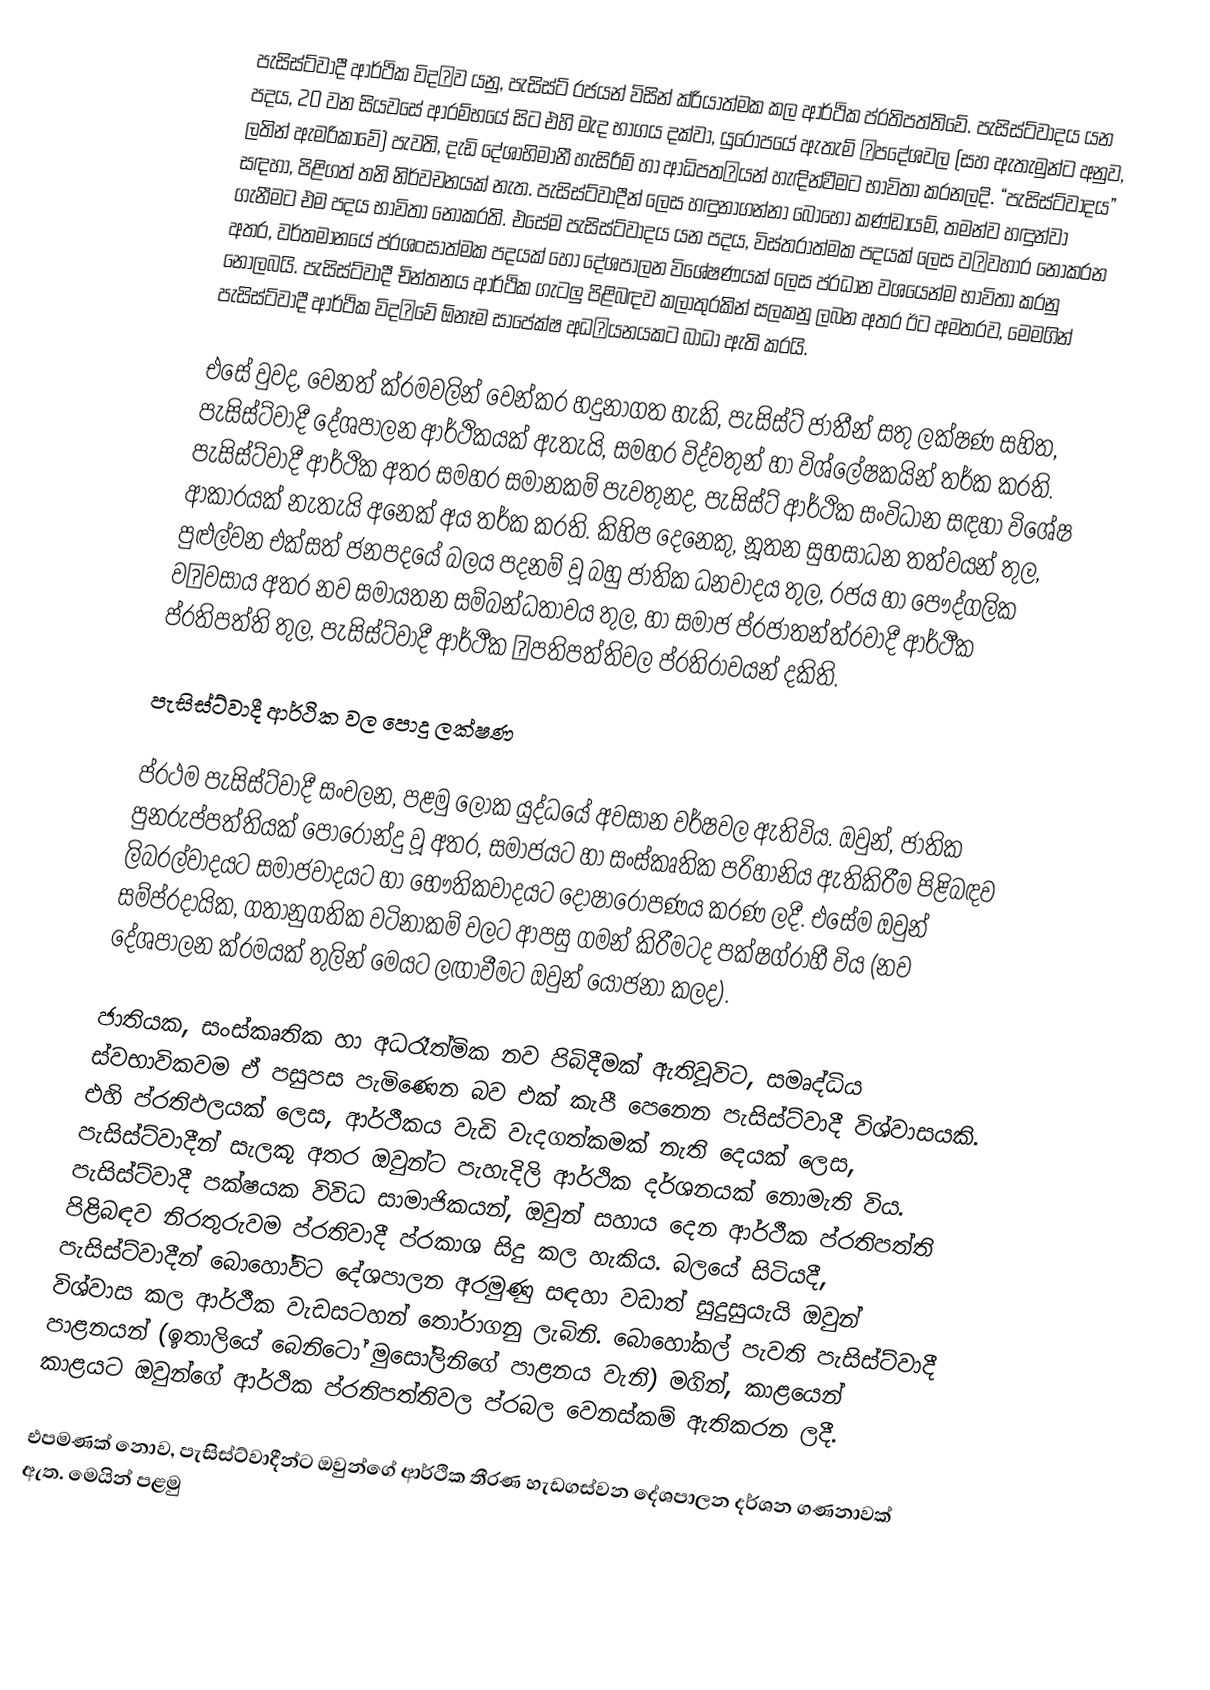
පැසිස්ට්වාදී ආර්ථික විදව යනු, පැසිස්ට් රජයන් විසින් ක්රියාත්මක කල ආර්ථික ප්රතිපත්තිවේ.  පැසිස්ට්වාදය යන පදය, 20 වන සියවසේ ආරම්භයේ සිට එහි මැද භාගය දක්වා, යුරෝපයේ ඇතැම් පදේශවල (සහ ඇතැමුන්ට අනුව, ලතින් ඇමරිකාවේ) පැවති, දැඩි දේශාභිමානී හැසිරීම් හා ආධිපතයන් හැඳින්වීමට භාවිතා කරනලදි. “පැසිස්ට්වාදය” සඳහා, පිළිගත් තනි නිර්වචනයක් නැත.  පැසිස්ට්වාදීන් ලෙස හඳුනාගන්නා බොහෝ කණ්ඩායම්, තමන්ව හඳුන්වා ගැනීමට එම පදය භාවිතා නොකරති.  එසේම පැසිස්ට්වාදය යන පදය, විස්තරාත්මක පදයක් ලෙස වවහාර නොකරන අතර, වර්තමානයේ ප්රශංසාත්මක පදයක් හෝ දේශපාලන විශේෂණයක් ලෙස ප්රධාන වශයෙන්ම භාවිතා කරනු නොලබයි.  පැසිස්ට්වාදී චින්තනය ආර්ථික ගැටලු පිළිබඳව කලාතුරකින් සලකනු ලබන අතර ඊට අමතරව, මෙමගින් පැසිස්ට්වාදී ආර්ථික විදවේ ඕනෑම සාපේක්ෂ අධයනයකට බාධා ඇති කරයි.

එසේ වුවද, වෙනත් ක්රමවලින් වෙන්කර හදුනාගත හැකි, පැසිස්ට් ජාතීන් සතු ලක්ෂණ සහිත,  පැසිස්ට්වාදී දේශපාලන ආර්ථිකයක් ඇතැයි, සමහර විද්වතුන් හා විශ්ලේෂකයින් තර්ක කරති. පැසිස්ට්වාදී ආර්ථික අතර සමහර සමානකම් පැවතුනද, පැසිස්ට් ආර්ථික සංවිධාන සඳහා විශේෂ ආකාරයක් නැතැයි අනෙක් අය තර්ක කරති.  කිහිප දෙනෙකු, නූතන සුභසාධන තත්වයන් තුල, පුළුල්වන එක්සත් ජනපදයේ බලය පදනම් වූ බහු ජාතික ධනවාදය තුල, රජය හා පෞද්ගලික වවසාය අතර නව සමායතන සම්බන්ධතාවය තුල, හා සමාජ ප්රජාතන්ත්රවාදී ආර්ථීක ප්රතිපත්ති තුල, පැසිස්ට්වාදී ආර්ථීක පතිපත්තිවල ප්රතිරාවයන් දකිති.

පැසිස්ට්වාදී ආර්ථික වල පොදු ලක්ෂණ

ප්රථම පැසිස්ට්වාදී සංචලන, පළමු ලෝක යුද්ධයේ අවසාන වර්ෂවල ඇතිවිය.  ඔවුන්, ජාතික පුනරුප්පත්තියක් පොරොන්දු වූ අතර, සමාජයට හා සංස්කෘතික පරිහානිය ඇතිකිරීම පිළිබඳව ලිබරල්වාදයට සමාජවාදයට හා භෞතිකවාදයට දෝෂාරෝපණය කරණ ලදී.  එසේම ඔවුන් සම්ප්රදායික, ගතානුගතික වටිනාකම් වලට ආපසු ගමන් කිරීමටද පක්ෂග්රාහී විය (නව දේශපාලන ක්රමයක් තුලින් මෙයට ලඟාවීමට ඔවුන් යෝජනා කලද).

ජාතියක, සංස්කෘතික හා අධත්මික නව පිබිදීමක් ඇතිවූවිට, සමෘද්ධිය ස්වභාවිකවම ඒ පසුපස පැමිණෙන බව එක් කැපී පෙනෙන පැසිස්ට්වාදී විශ්වාසයකි.  එහි ප්රතිඵලයක් ලෙස, ආර්ථීකය වැඩි වැදගත්කමක් නැති දෙයක් ලෙස, පැසිස්ට්වාදීන් සැලකූ අතර ඔවුන්ට පැහැදිලි ආර්ථික දර්ශනයක් නොමැති විය.  පැසිස්ට්වාදී පක්ෂයක විවිධ සාමාජිකයන්, ඔවුන් සහාය දෙන ආර්ථීක ප්රතිපත්ති පිළිබඳව නිරතුරුවම ප්රතිවාදී ප්රකාශ සිදු කල හැකිය. බලයේ සිටියදී, පැසිස්ට්වාදීන් බොහෝවිට දේශපාලන අරමුණු සඳහා වඩාත් සුදුසුයැයි ඔවුන් විශ්වාස කල ආර්ථීක වැඩසටහන් තෝරාගනු ලැබිනි. බොහෝකල් පැවති පැසිස්ට්වාදී පාළනයන් (ඉතාලියේ බෙනිටෝ මුසෝලිනිගේ පාළනය වැනි) මගින්, කාළයෙන් කාළයට ඔවුන්ගේ ආර්ථික ප්රතිපත්තිවල ප්රබල වෙනස්කම් ඇතිකරන ලදී.

එපමණක් නොව, පැසිස්ට්වාදීන්ට ඔවුන්ගේ ආර්ථික තීරණ හැඩගස්වන දේශපාලන දර්ශන ගණනාවක් ඇත. මෙයින් පළමු